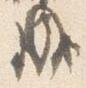
成